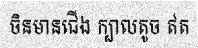
ចិនមានជើង ក្បាលតូច ឥត